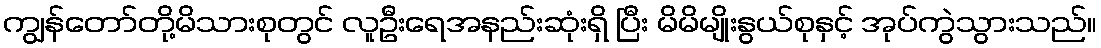
ကျွန်တော်တို့မိသားစုတွင် လူဦးရေအနည်းဆုံးရှိ ပြီး မိမိမျိုးနွယ်စုနှင့် အုပ်ကွဲသွားသည်။